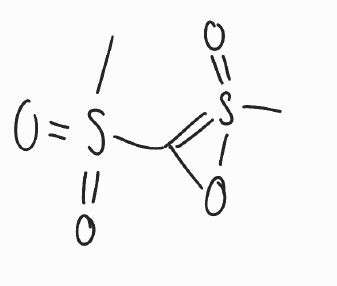
Simplified molecular-input line-entry system (SMILES) notation of the given molecule:
CS1(=C(O1)S(=O)(=O)C)=O